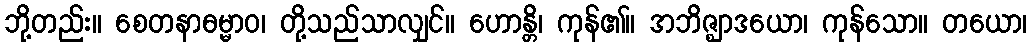
ဘို့တည်း။ စေတနာဓမ္မာဝ၊ တို့သည်သာလျှင်။ ဟောန္တိ၊ ကုန်၏။ အဘိဇ္ဈာဒယော၊ ကုန်သော။ တယော၊